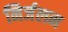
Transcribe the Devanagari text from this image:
निर्जलन